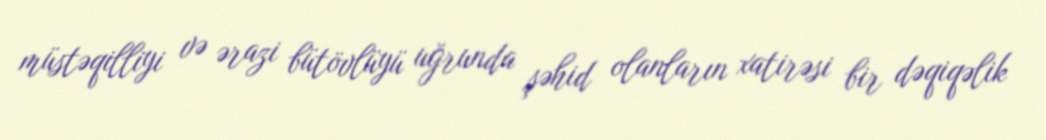
müstəqilliyi və ərazi bütövlüyü uğrunda şəhid olanların xatirəsi bir dəqiqəlik